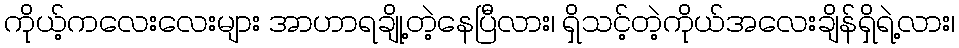
ကိုယ့်ကလေးလေးများ အာဟာရချို့တဲ့နေပြီလား၊ ရှိသင့်တဲ့ကိုယ်အလေးချိန်ရှိရဲ့လား၊